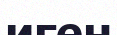
иген